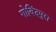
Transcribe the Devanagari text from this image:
गोविंदपुरा